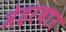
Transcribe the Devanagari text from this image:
मेहरबार